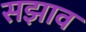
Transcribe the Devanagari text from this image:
सझाव